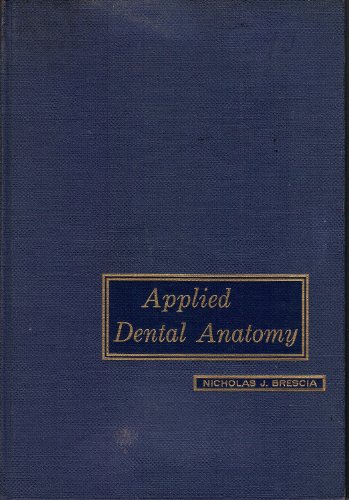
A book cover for Applied dental anatomy; Nicholas J Brescia; Medical Books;